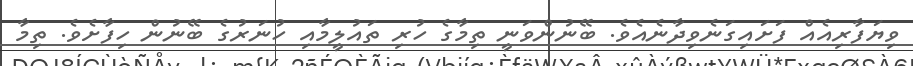
ވިޔަފާރިއެއް ފަށައިގަނެވިދާނެއެވެ. ބޭނުންވަނީ ތިމާގެ ހުރި ތައުލީމާއި ހުނަރުގެ ބޭނުން ހިފާށެވެ. ތިމާ